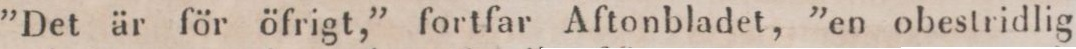
”Det är för öfrigt,” fortfar Aftonbladet, ”en obestridlig